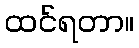
ထင်ရတာ။